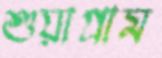
শুয়াগ্রাম